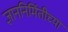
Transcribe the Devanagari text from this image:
ज्ञाननिर्मितीच्या